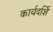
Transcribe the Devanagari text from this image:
कार्यदर्शि